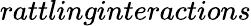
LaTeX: \textit{rattlinginteractions}